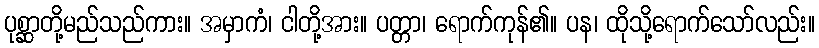
ပုစ္ဆာတို့မည်သည်ကား။ အမှာကံ၊ ငါတို့အား။ ပတ္တာ၊ ရောက်ကုန်၏။ ပန၊ ထိုသို့ရောက်သော်လည်း။